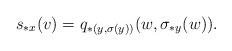
LaTeX: \begin{align*} s_{*x}(v)=q_{*(y,\sigma(y))}(w,\sigma_{*y}(w)). \end{align*}